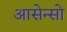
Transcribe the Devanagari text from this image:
आसेन्सो